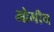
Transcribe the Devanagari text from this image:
ओमीय